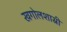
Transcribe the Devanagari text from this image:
खगोलशास्री